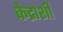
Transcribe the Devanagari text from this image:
केद्राशी